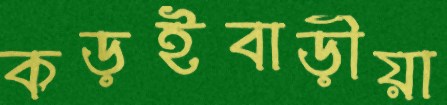
কড়ইবাড়ীয়া